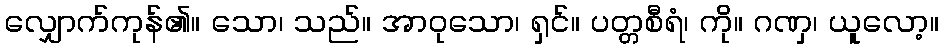
လျှောက်ကုန်၏။ သော၊ သည်။ အာဝုသော၊ ရှင်။ ပတ္တစီရံ၊ ကို။ ဂဏှ၊ ယူလော့။